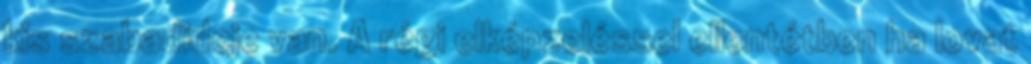
kis szabadideje van. A régi elképzeléssel ellentétben ha lovat